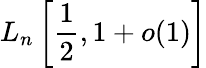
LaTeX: L_{n}\left[{\frac{1}{2}},1+o(1)\right]